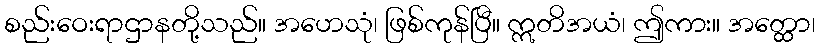
စည်းဝေးရာဌာနတို့သည်။ အဟေသုံ၊ ဖြစ်ကုန်ပြီ။ ဣတိအယံ၊ ဤကား။ အတ္ထော၊